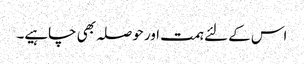
اس کے لئے ہمت اور حوصلہ بھی چاہیے۔